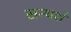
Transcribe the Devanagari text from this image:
सन्घर्श